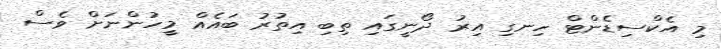
މި އެކްސިޑެންޓް ހިނގި އިރު ދޯނީގައި ތިބި އިތުރު ބައެއް މީހުންނަށް ވެސް